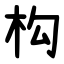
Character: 构